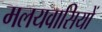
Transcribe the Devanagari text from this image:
मलयवासियों